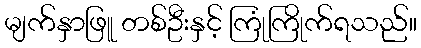
မျက်နှာဖြူ တစ်ဦးနှင့် ကြုံကြိုက်ရသည်။